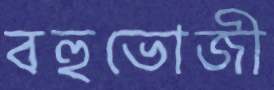
বহুভোজী